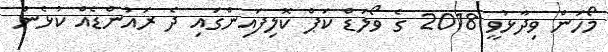
މޯހަން ވިދާޅުވީ 2018 ގެ ވޯލަޑް ކަޕް ކޮލިފައިންގައި ދެ ރައުންޑެއް ކުޅެން